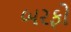
બરફો